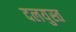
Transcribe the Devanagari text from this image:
दलयुस्त